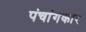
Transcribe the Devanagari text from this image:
पंचांगकार